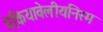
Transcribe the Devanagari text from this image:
मेकियावेलीयनिस्म